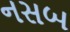
નસબ